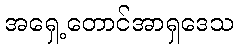
အရှေ့တောင်အာရှဒေသ